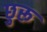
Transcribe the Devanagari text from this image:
छुरू